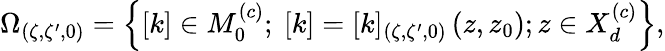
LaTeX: \Omega_{(\zeta,\zeta^{\prime},0)}=\left\{ [k]\in M_{0}^{\left(c\right)};\ [k]=[k]_{(\zeta,\zeta^{\prime},0)}\left(z,z_{0}\right);z\in X_{d}^{\left(c\right)}\right\} ,